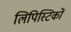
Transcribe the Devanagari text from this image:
लिपिस्टिकों